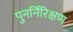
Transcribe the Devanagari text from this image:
पुनर्निरिक्षण